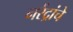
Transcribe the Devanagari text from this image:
नरेंद्रांचे